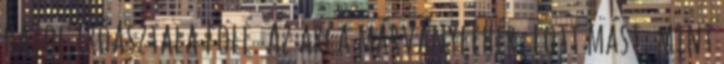
hajol íróasztala fölé. Az arca márványfehér, lott mást, mint